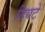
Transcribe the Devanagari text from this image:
दिवटे